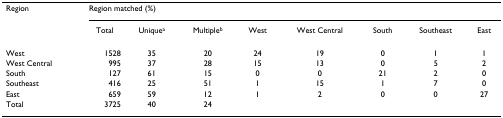
<table><thead><tr><td><b>Region</b></td><td colspan="8"><b>Region matched (%)</b></td></tr><tr><td></td><td><b>Total</b></td><td><b>Unique<sup>a</sup></b></td><td><b>Multiple<sup>b</sup></b></td><td><b>West</b></td><td><b>West Central</b></td><td><b>South</b></td><td><b>Southeast</b></td><td><b>East</b></td></tr></thead><tbody><tr><td>West</td><td>1528</td><td>35</td><td>20</td><td>24</td><td>19</td><td>0</td><td>1</td><td>1</td></tr><tr><td>West Central</td><td>995</td><td>37</td><td>28</td><td>15</td><td>13</td><td>0</td><td>5</td><td>2</td></tr><tr><td>South</td><td>127</td><td>61</td><td>15</td><td>0</td><td>0</td><td>21</td><td>2</td><td>0</td></tr><tr><td>Southeast</td><td>416</td><td>25</td><td>51</td><td>1</td><td>15</td><td>1</td><td>7</td><td>0</td></tr><tr><td>East</td><td>659</td><td>59</td><td>12</td><td>1</td><td>2</td><td>0</td><td>0</td><td>27</td></tr><tr><td>Total</td><td>3725</td><td>40</td><td>24</td><td></td><td></td><td></td><td></td><td></td></tr></tbody></table>